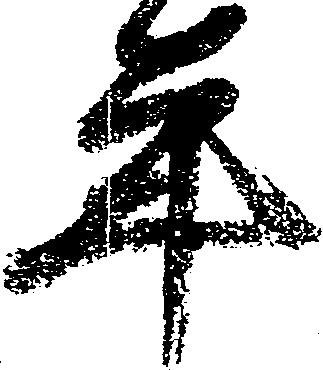
年